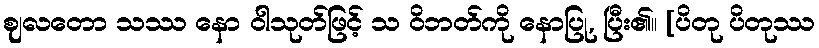
ဈလတော သဿ နော ဝါသုတ်ဖြင့် သ ဝိဘတ်ကို နောပြု, ပြီး၏။ [ပိတု ပိတုဿ